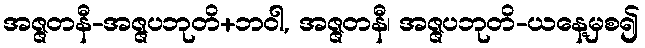
အဇ္ဇတနီ-အဇ္ဇပဘုတိ+ဘဝါ, အဇ္ဇတနီ၊ အဇ္ဇပဘုတိ-ယနေ့မှစ၍